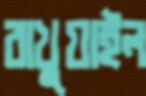
রাখুয়াইল